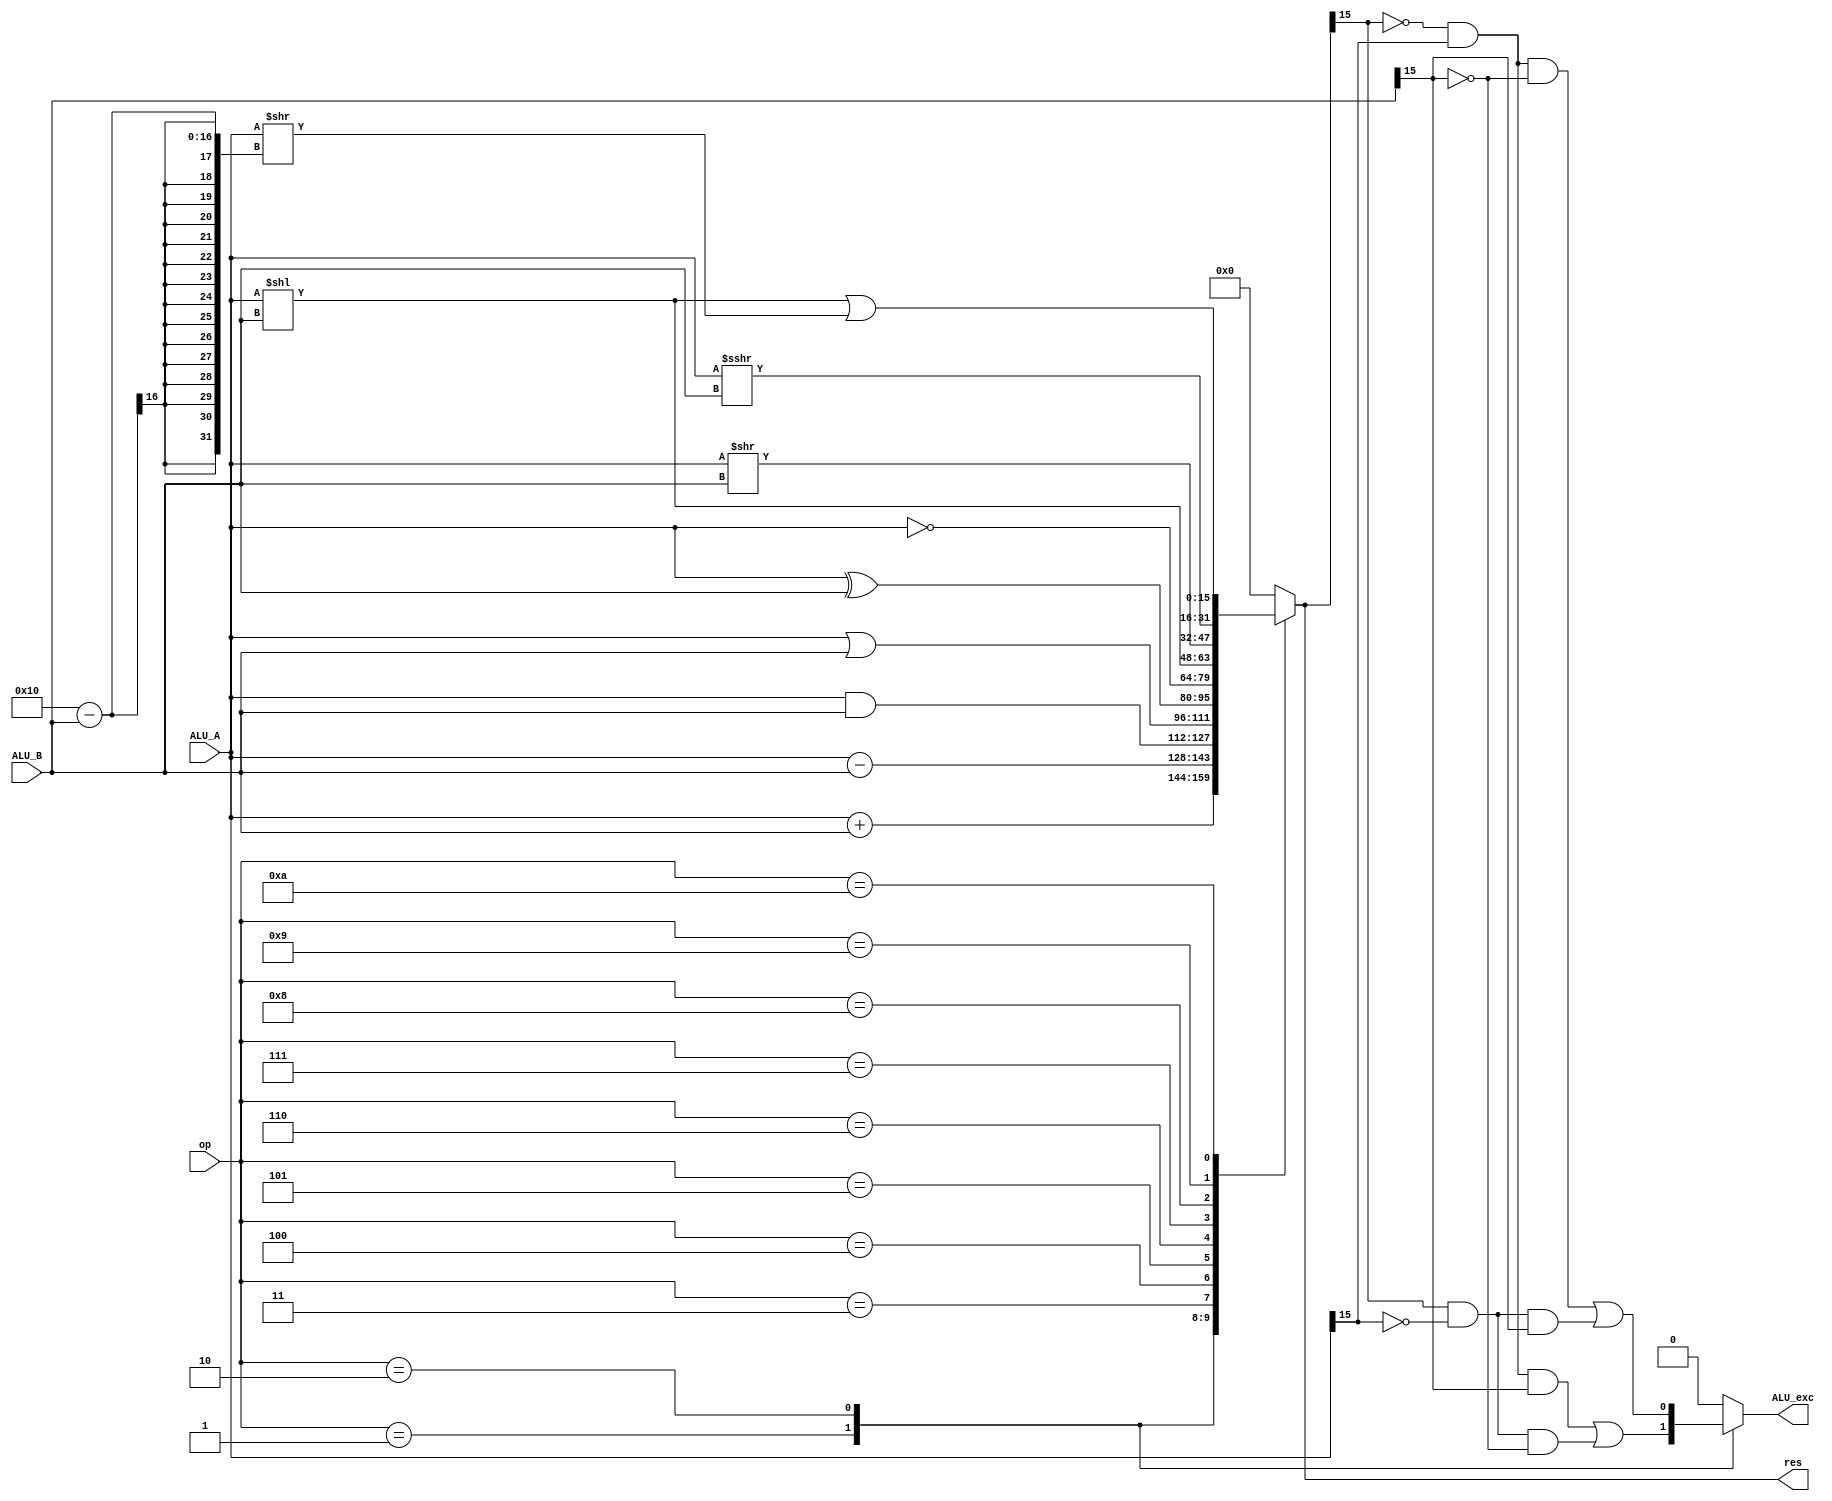
module ALU(
    input wire[15:0] ALU_A,
    input wire[15:0] ALU_B,
    input wire[3:0] op,
    output reg[15:0] res,
    output reg ALU_exc
);

always@(*)
    case (op)
        4'd1: begin // ADD
            res <= ALU_A + ALU_B;
            ALU_exc <= (!res[15] & ALU_A[15] & ALU_B[15]) | (res[15] & !ALU_A[15] & !ALU_B[15]);
        end
        4'd2: begin // SUB
            res <= ALU_A - ALU_B;
            ALU_exc <= (!res[15] & ALU_A[15] & !ALU_B[15]) | (res[15] & !ALU_A[15] & ALU_B[15]);
        end
        4'd3: begin // AND
            res <= ALU_A & ALU_B;
            ALU_exc <= 0;
        end
        4'd4: begin // OR
            res <= ALU_A | ALU_B;
            ALU_exc <= 0;
        end
        4'd5: begin // XOR
            res <= ALU_A ^ ALU_B;
            ALU_exc <= 0;
        end
        4'd6: begin // NOT
            res <= ~ALU_A;
            ALU_exc <= 0;
        end
        4'd7: begin // SLL
            res <= ALU_A << ALU_B;
            ALU_exc <= 0;
        end
        4'd8: begin // SRL
            res <= ALU_A >> ALU_B;
            ALU_exc <= 0;
        end
        4'd9: begin // SRA
            res <= ($signed(ALU_A)) >>> ALU_B;
            ALU_exc <= 0;
        end
        4'd10: begin // ROL
            res <= ALU_A << ALU_B | ALU_A >> (16 - ALU_B);
            ALU_exc <= 0;
        end
        default: begin
            res <= 0;
            ALU_exc <= 0;
        end
    endcase

endmodule